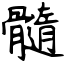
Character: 髓